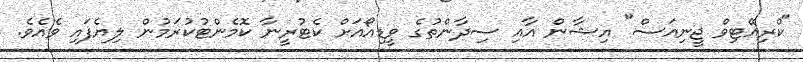
"ކްރިއޭޓިވް ޖީނިއަސް" އިޝާން އާއި ސިދާންތުގެ ވީޑިއޯއަށް ކެޓުރީނާ ކޮމެންޓުކުރަމުން ލިޔެފައި ވެއެވެ.